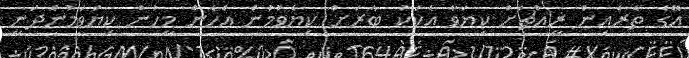
އޭގެ ތެރެއިން ރީއްޗަށް ކިޔަވާ އެކަކު ބާރަށް ކިޔެވުމުން އެހެން މީހުން ކިޔަވަމުންދަނީ